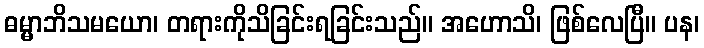
ဓမ္မာဘိသမယော၊ တရားကိုသိခြင်းရခြင်းသည်။ အဟောသိ၊ ဖြစ်လေပြီ။ ပန၊